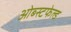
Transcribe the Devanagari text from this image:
ओब्स्टफेल्ड